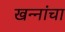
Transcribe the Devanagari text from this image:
खन्‍नांचा